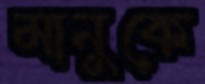
মানুকে